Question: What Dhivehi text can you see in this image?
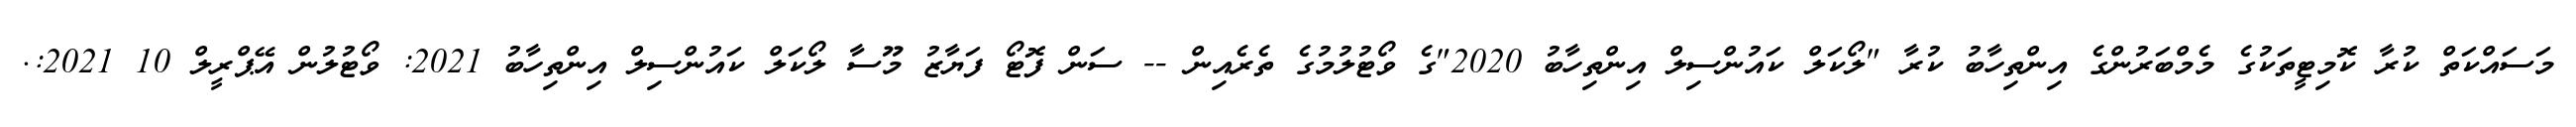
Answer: މަސައްކަތް ކުރާ ކޮމިޓީތަކުގެ މެމްބަރުންގެ އިންތިހާބު ކުރާ "ލޯކަލް ކައުންސިލް އިންތިހާބު 2020"ގެ ވޯޓުލުމުގެ ތެރެއިން -- ސަން ފޮޓޯ ފަޔާޒު މޫސާ ލޯކަލް ކައުންސިލް އިންތިހާބު 2021: ވޯޓުލުން އޭޕްރީލް 10 2021:.